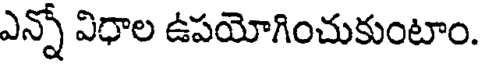
ఎన్నో విధాల ఉపయోగించుకుంటాం.